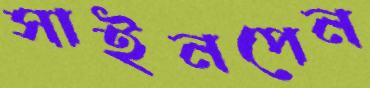
সাইনপেন